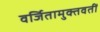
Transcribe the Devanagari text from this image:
वर्जितामुक्तवतीं